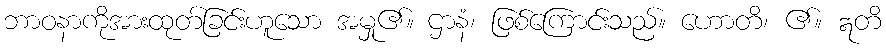
ဘာဝနာကိုအားထုတ်ခြင်းဟူသော အမှု၏။ ဌာနံ၊ ဖြစ်ကြောင်းသည်။ ဟောတိ၊ ၏။ ဣတိ